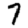
Digit: 7